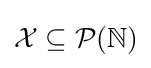
{\mathcal {X}}\subseteq {\mathcal {P}}(\mathbb {N} )